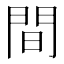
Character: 間